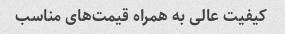
کیفیت عالی به همراه قیمت‌های مناسب